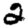
Digit: 2